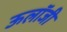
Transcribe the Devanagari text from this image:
ऊलॉजी